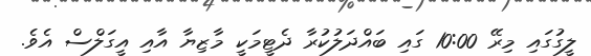
ލީގުގައި މިރޭ 10:00 ގައި ބައްދަލުކުރާ ދެޓީމަކީ މާޒިޔާ އާއި އީގަލްސް އެވެ.